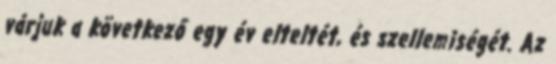
várjuk a következő egy év elteltét, és szellemiségét. Az